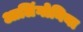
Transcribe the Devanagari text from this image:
आलिंगोनिया